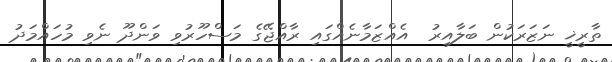
ތާރީޚީ ނަޒަރަކުން ބަލާއިރު  އެއްޒަމާނެއްގައި ރާއްޖޭގެ މަސްހޫރުވި ވަންދޫ ނެވި މުހައްމަދު